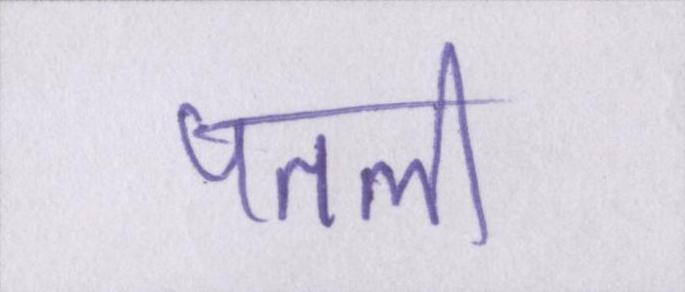
पतली